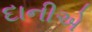
દાનીએ